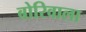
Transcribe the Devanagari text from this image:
बोरिवाला